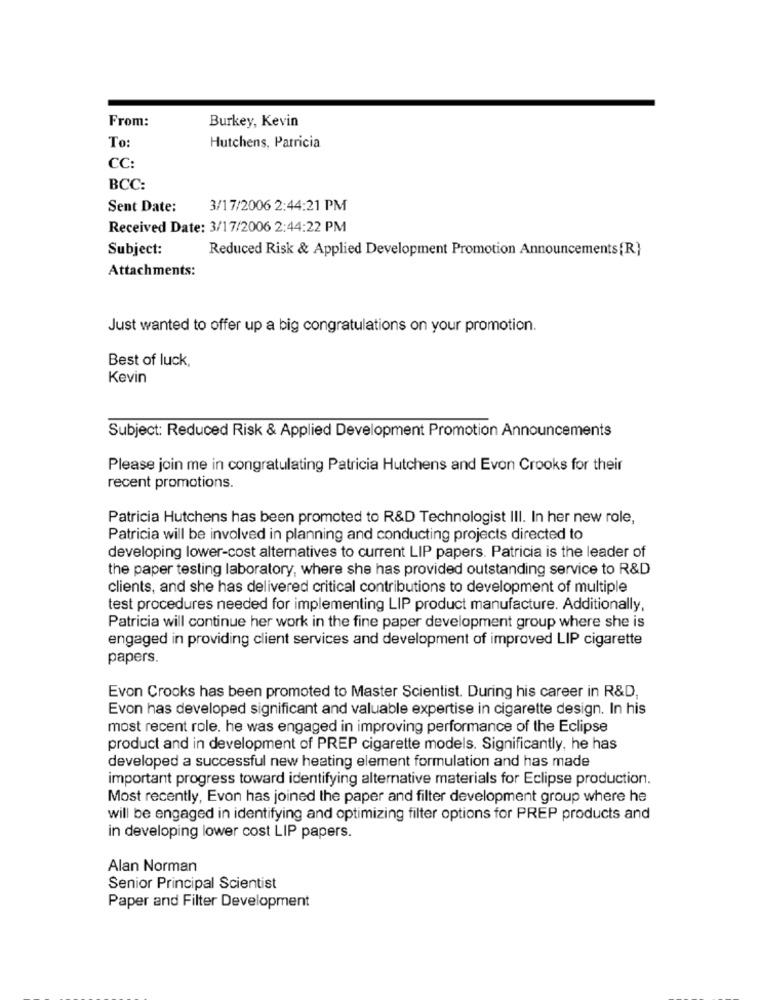
From:
Burkey, Kevin
To:
Hutchens, Patricia
CC:
BCC:
Sent Date:
3/17/2006 2:44:21 PM
Received Date: 3/17/2006 2:44:22 PM
Subject:
Reduced Risk & Applied Development Promotion Announcements{R}
Attachments:
Just wanted to offer up a big congratulations on your promotion.
Best of luck,
Kevin
Subject: Reduced Risk & Applied Development Promotion Announcements
Please join me in congratulating Patricia Hutchens and Evon Crooks for their
recent promotions.
Patricia Hutchens has been promoted to R&D Technologist III. In her new role,
Patricia will be involved in planning and conducting projects directed to
developing lower-cost alternatives to current LIP papers. Patricia is the leader of
the paper testing laboratory, where she has provided outstanding service to R&D
clients, and she has delivered critical contributions to development of multiple
test procedures needed for implementing LIP product manufacture. Additionally,
Patricia will continue her work in the fine paper development group where she is
engaged in providing client services and development of improved LIP cigarette
papers.
Evon Crooks has been promoted to Master Scientist. During his career in R&D,
Evon has developed significant and valuable expertise in cigarette design. In his
most recent role. he was engaged in improving performance of the Eclipse
product and in development of PREP cigarette models. Significantly, he has
developed a successful new heating element formulation and has made
important progress toward identifying alternative materials for Eclipse production.
Most recently, Evon has joined the paper and filter development group where he
will be engaged in identifying and optimizing filter options for PREP products and
in developing lower cost LIP papers.
Alan Norman
Senior Principal Scientist
Paper and Filter Development